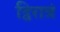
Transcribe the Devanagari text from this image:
द्विरात्रं